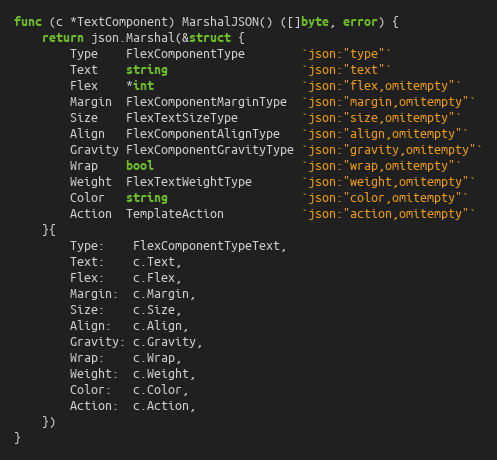
Language: Go
func (c *TextComponent) MarshalJSON() ([]byte, error) {
	return json.Marshal(&struct {
		Type    FlexComponentType        `json:"type"`
		Text    string                   `json:"text"`
		Flex    *int                     `json:"flex,omitempty"`
		Margin  FlexComponentMarginType  `json:"margin,omitempty"`
		Size    FlexTextSizeType         `json:"size,omitempty"`
		Align   FlexComponentAlignType   `json:"align,omitempty"`
		Gravity FlexComponentGravityType `json:"gravity,omitempty"`
		Wrap    bool                     `json:"wrap,omitempty"`
		Weight  FlexTextWeightType       `json:"weight,omitempty"`
		Color   string                   `json:"color,omitempty"`
		Action  TemplateAction           `json:"action,omitempty"`
	}{
		Type:    FlexComponentTypeText,
		Text:    c.Text,
		Flex:    c.Flex,
		Margin:  c.Margin,
		Size:    c.Size,
		Align:   c.Align,
		Gravity: c.Gravity,
		Wrap:    c.Wrap,
		Weight:  c.Weight,
		Color:   c.Color,
		Action:  c.Action,
	})
}